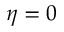
\eta = 0